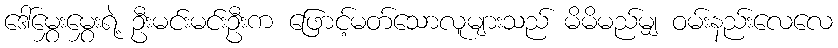
ဒေါ်မွှေးမွှေးရဲ့ ဦးမင်းမင်းဦးက ဖြောင့်မတ်သောလူများသည် မိမိမည်မျှ ဝမ်းနည်းလေလေ